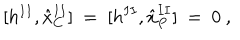
\lbrack h ^ { I I } , { \hat { x } } _ { C } ^ { I I } ] \ = \ [ h ^ { I I } , { \hat { x } } _ { P } ^ { I I } ] \ = \ 0 \ ,